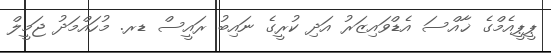
ޕީޕީއެމްގެ ޚާއްސަ އެޑްވައިޒަރު އަދި ކުރީގެ ނައިބު ރައީސް ޑރ. މުހައްމަދު ޖަމީލް